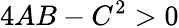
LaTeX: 4AB-C^{2}>0